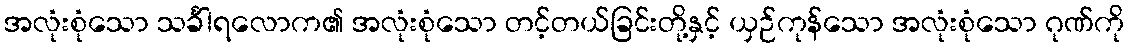
အလုံးစုံသော သင်္ခါရလောက၏ အလုံးစုံသော တင့်တယ်ခြင်းတို့နှင့် ယှဉ်ကုန်သော အလုံးစုံသော ဂုဏ်ကို